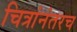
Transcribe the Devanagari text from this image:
चित्रांनंतरच